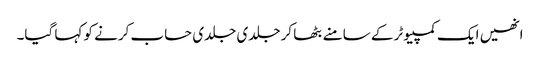
انھیں ایک کمپیوٹر کے سامنے بٹھا کر جلدی جلدی حساب کرنے کو کہا گیا۔